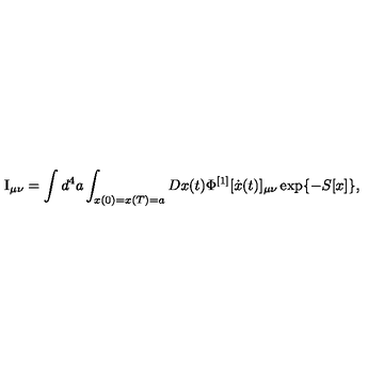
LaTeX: \mathrm { I } _ { \mu \nu } = \int { d ^ { 4 } a \int _ { x ( 0 ) = x ( T ) = a } { D x ( t ) } } \Phi ^ { [ 1 ] } [ \dot { x } ( t ) ] _ { \mu \nu } \exp \{ - S [ x ] \} ,